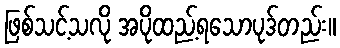
ဖြစ်သင့်သလို အပိုထည့်ရသောပုဒ်တည်း။